Indian journal of veterinary science and animal husbandry - Volume 13,
Year: 1943
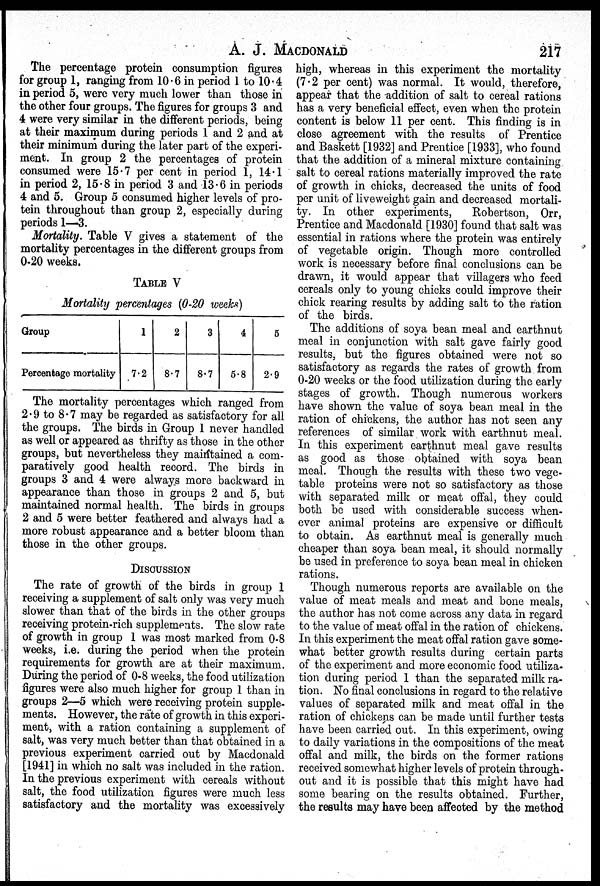
A. J. MACDONALD 217
The percentage protein consumption figures
for group 1, ranging from 10.6 in period 1 to 10.4
in period 5, were very much lower than those in
the other four groups. The figures for groups 3 and
4 were very similar in the different periods, being
at their maximum during periods 1 and 2 and at
their minimum during the later part of the experi-
ment. In group 2 the percentages of protein
consumed were 15.7 per cent in period 1, 14.1
in period 2, 15.8 in period 3 and 13.6 in periods
4 and 5. Group 5 consumed higher levels of pro-
tein throughout than group 2, especially during
periods 1—3.
Mortality. Table V gives a statement of the
mortality percentages in the different groups from
0.20 weeks.
TABLE V
Mortality percentages (0-20 weeks)
Group
Percentage mortality
1
7.2
2
8.7
3
8.7
4
5.8
5
2.9
The mortality percentages which ranged from
2.9 to 8.7 may be regarded as satisfactory for all
the groups. The birds in Group 1 never handled
as well or appeared as thrifty as those in the other
groups, but nevertheless they maintained a com-
paratively good health record. The birds in
groups 3 and 4 were always more backward in
appearance than those in groups 2 and 5, but
maintained normal health. The birds in groups
2 and 5 were better feathered and always had a
more robust appearance and a better bloom than
those in the other groups.
DISCUSSION
The rate of growth of the birds in group 1
receiving a supplement of salt only was very much
slower than that of the birds in the other groups
receiving protein-rich supplements. The slow rate
of growth in group 1 was most marked from 0-8
weeks, i.e. during the period when the protein
requirements for growth are at their maximum.
During the period of 0-8 weeks, the food utilization
figures were also much higher for group 1 than in
groups 2—5 which were receiving protein supple-
ments. However, the rate of growth in this experi-
ment, with a ration containing a supplement of
salt, was very much better than that obtained in a
previous experiment carried out by Macdonald
[1941] in which no salt was included in the ration.
In the previous experiment with cereals without
salt, the food utilization figures were much less
satisfactory and the mortality was excessively
high, whereas in this experiment the mortality
(7.2 per cent) was normal. It would, therefore,
appear that the addition of salt to cereal rations
has a very beneficial effect, even when the protein
content is below 11 per cent. This finding is in
close agreement with the results of Prentice
and Baskett [1932] and Prentice [1933], who found
that the addition of a mineral mixture containing
salt to cereal rations materially improved the rate
of growth in chicks, decreased the units of food
per unit of liveweight gain and decreased mortali-
ty. In other experiments,
Robertson, Orr,
Prentice and Macdonald [1930] found that salt was
essential in rations where the protein was entirely
of vegetable origin. Though more controlled
work is necessary before final conclusions can be
drawn, it would appear that villagers who feed
cereals only to young chicks could improve their
chick rearing results by adding salt to the ration
of the birds.
The additions of soya bean meal and earthnut
meal in conjunction with salt gave fairly good
results, but the figures obtained were not so
satisfactory as regards the rates of growth from
0-20 weeks or the food utilization during the early
stages of growth. Though numerous workers
have shown the value of soya bean meal in the
ration of chickens, the author has not seen any
references of similar work with earthnut meal.
In this experiment earthnut meal gave results
as good as those obtained with soya bean
meal. Though the results with these two vege-
table proteins were not so satisfactory as those
with separated milk or meat offal, they could
both be used with considerable success when-
ever animal proteins are expensive or difficult
to obtain. As earthnut meal is generally much
cheaper than soya bean meal, it should normally
be used in preference to soya bean meal in chicken
rations.
Though numerous reports are available on the
value of meat meals and meat and bone meals,
the author has not come across any data in regard
to the value of meat offal in the ration of chickens.
In this experiment the meat offal ration gave some-
what better growth results during certain parts
of the experiment and more economic food utiliza-
tion during period 1 than the separated milk ra-
tion. No final conclusions in regard to the relative
values of separated milk and meat offal in the
ration of chickens can be made until further tests
have been carried out. In this experiment, owing
to daily variations in the compositions of the meat
offal and milk, the birds on the former rations
received somewhat higher levels of protein through-
out and it is possible that this might have had
some bearing on the results obtained. Further,
the results may have been affected by the method